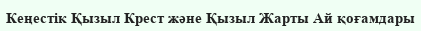
Кеңестік Қызыл Крест және Қызыл Жарты Ай қоғамдары